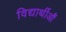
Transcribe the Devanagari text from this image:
विद्यार्थीऔं